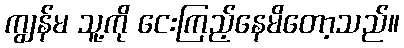
ကျွန်မ သူ့ကို ငေးကြည့်နေမိတော့သည်။